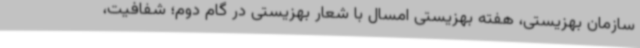
سازمان بهزیستی، هفته بهزیستی امسال با شعار بهزیستی در گام دوم؛ شفافیت،